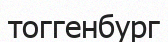
тоггенбург